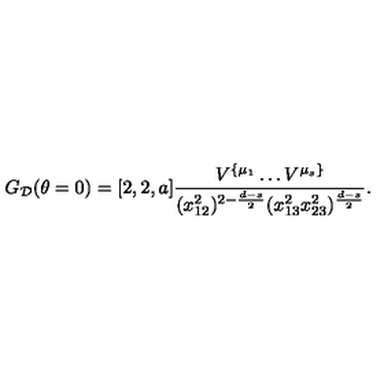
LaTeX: G _ { { \cal D } } ( \theta = 0 ) = [ 2 , 2 , a ] \frac { V ^ { \{ \mu _ { 1 } } \ldots V ^ { \mu _ { s } \} } } { ( x _ { 1 2 } ^ { 2 } ) ^ { 2 - \frac { d - s } { 2 } } ( x _ { 1 3 } ^ { 2 } x _ { 2 3 } ^ { 2 } ) ^ { \frac { d - s } { 2 } } } .